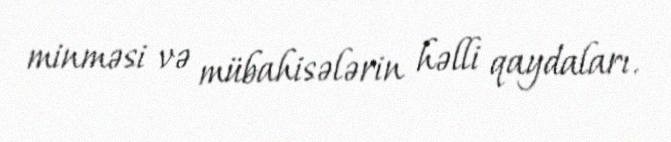
minməsi və mübahisələrin həlli qaydaları.